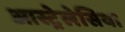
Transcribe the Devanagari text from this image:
आस्ट्रेलेसिया